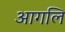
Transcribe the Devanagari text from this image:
आगलि